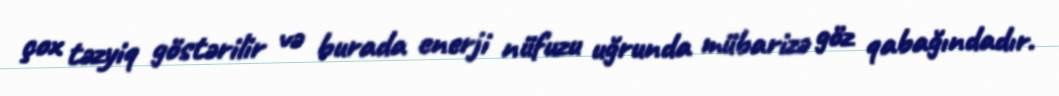
çox təzyiq göstərilir və burada enerji nüfuzu uğrunda mübarizə göz qabağındadır.